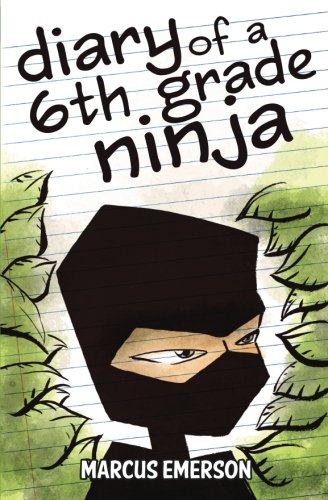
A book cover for Diary of a 6th Grade Ninja; Marcus Emerson; Children's Books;